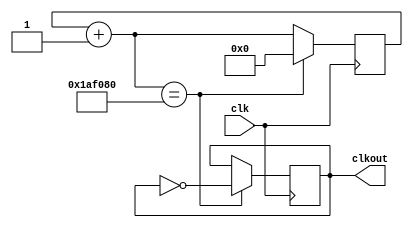
module divi(clk, clkout);
	input clk;
	output reg clkout;
	reg [25:0] cnt;
	
	always @(posedge clk)
		begin
			cnt=cnt+1;
			if (cnt==26'b00000110101111000010000000)
				begin clkout=~clkout; cnt=26'b0; end
		end
		
endmodule